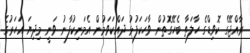
ރާއްޖޭގެ ކޮވިޑްގެ ހާލަތާ ބެހޭގޮތުން ވާހަކަފުޅު ދައްކަވަމުން އެމަނިކުފާނު ވަނީ މިދިޔަ އަހަރުގެ